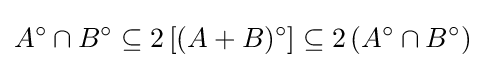
A^{\circ }\cap B^{\circ }\subseteq 2\left[(A+B)^{\circ }\right]\subseteq 2\left(A^{\circ }\cap B^{\circ }\right)